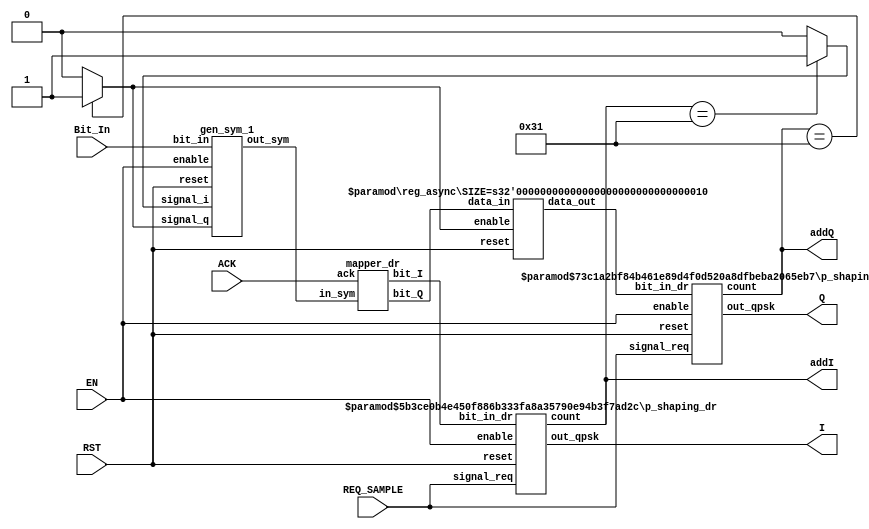
/*
* OQPSK Raised Cosine modulator
* LALR - 2022
*
*/

//----------------------------------------------------------------------
// TOP
module OQPSK_RCOSINE_ALL #(parameter
	DW_IN 			= 13, 	// Output bits
	I_SEL 			= 01,		// Integer bits
	SAMPLES 			= 02,		// Samples per symbol
	PS_SMPLS			= 50,		// Samples of the pulse shaping
	ADDR_WIDTH 		= 2, 
	DATA_WIDTH_MEM = 16,
	INIT_I 			= 0,		// Init value for Inphase counter
	INIT_Q 			= 25,		// Init value for In-quadrature counter
	NUM_BITS_1 		= 2,		// Number of bits of the first latch
	NUM_M_C 			= 2		// Number of inputs of muller C cell
) (

`ifdef USE_POWER_PINS
    inout vdd,	// User area 1 1.8V supply
    inout vss,	// User area 1 digital ground
`endif
	input RST,
	input EN,
	input REQ_SAMPLE,
	input ACK,
	input Bit_In,
	output signed [(DW_IN-I_SEL):I_SEL-1] I,
	output signed [(DW_IN-I_SEL):I_SEL-1] Q,
	output [5:0] addI,
	output [5:0] addQ	
);	



	wire [1:0] symbol;
	wire [1:0] bit_I_dr, bit_Q_dr,bit_Q_delay;
	wire [$clog2(PS_SMPLS)-1:0] count_rom_I, count_rom_Q;

	
	// Symbol generation
	gen_sym_1 gen_sym(
		.reset		(RST),
		.bit_in		(Bit_In),
		.enable		(EN),	
		.signal_i	((count_rom_I == 49)?1'b1:1'b0),
		.signal_q	((count_rom_Q == 49)?1'b1:1'b0),
		.out_sym	(symbol)
	);
	
	
	// Dual-rail - 4 phases conversion
	mapper_dr mapper(
		.in_sym		(symbol),
		.ack			(ACK),
		.bit_I		(bit_I_dr),
		.bit_Q		(bit_Q_dr)
	);	


	// Registar/Latch dual rail
	reg_async #(NUM_BITS_1) reg_latch(
		.reset		(RST),
		.enable		((count_rom_Q == 49)?1'b1:1'b0), 
		.data_in		(bit_Q_dr),
		.data_out	(bit_Q_delay)
	);
	
	// Pulse shaping filter	
	p_shaping_dr #(DW_IN, I_SEL, SAMPLES, PS_SMPLS, INIT_I) p_shaping_I (
		.reset		(RST),
		.bit_in_dr	(bit_I_dr),
		.enable		(EN),
		.signal_req (REQ_SAMPLE),
		.count		(count_rom_I),
		.out_qpsk	(I)
	);

	p_shaping_dr #(DW_IN, I_SEL, SAMPLES, PS_SMPLS, INIT_Q) p_shaping_Q (
		.reset		(RST),
		.bit_in_dr	(bit_Q_delay),
		.enable		(EN),
		.signal_req (REQ_SAMPLE),		
		.count		(count_rom_Q),		
		.out_qpsk	(Q)
	);	

	assign addI = count_rom_I;
	assign addQ = count_rom_Q;	
	
endmodule

//------------------------------------------------------
module gen_sym_1 (
	input reset,
	input bit_in,
	input enable,
	input signal_i,
	input signal_q,
	output [1:0] out_sym
);

wire bit_2M;


reg_async #(1) Reg_2M(
	.reset(reset),
	.enable(signal_i ^ signal_q), 
	.data_in((enable == 1)?bit_in:1'b0),
	.data_out(bit_2M)
);

reg_async #(2) Reg_Sym(
	.reset(reset),
	.enable(signal_i), 
	.data_in({bit_2M,(enable == 1)?bit_in:1'b0}),
	.data_out(out_sym)
);


endmodule


//------------------------------------------------------
module reg_async #(parameter SIZE = 2)(
	input reset,
	input enable, 
	input [SIZE-1:0] data_in,
	output reg [SIZE-1:0] data_out
);

always @(posedge enable or negedge reset) begin
	if(!reset)
		data_out = 0;
	else begin
		if (enable)
			data_out = data_in;
	end
		

end

endmodule


//----------------------------------------------------
module mapper_dr(
	input [1:0] in_sym,
	input ack,
	output [1:0] bit_I,
	output [1:0] bit_Q
);

 wire [1:0] bit_I_dr,bit_Q_dr;

 assign bit_I_dr = (in_sym[1] == 1'b1)?2'b10:2'b01; //SI EL SIMBOLO APARECE AL REVES 
 assign bit_Q_dr = (in_sym[0] == 1'b1)?2'b10:2'b01; //CAMBIAR AQUI
 
assign bit_I = (!ack)?bit_I_dr:2'b00;  
										   			
assign bit_Q = (!ack)?bit_Q_dr:2'b00;	
	
endmodule


//--------------------------------------------------
module p_shaping_dr #(parameter 
DW_IN 	= 13, 	// Output bits
I_SEL 	= 01,	// Integer bits
SAMPLES 	= 02,	// Samples per symbol
PS_SMPLS	= 50, // Samples of the pulse shaping
INIT 		= 0	// Initial counter
)(

input 	reset,
input 	[1:0] bit_in_dr,
input		enable,
input 	signal_req,
output 	[$clog2(PS_SMPLS)-1:0] count,
output signed [I_SEL-1:-(DW_IN-I_SEL)] out_qpsk	    	//component
);



	wire [DW_IN-2:0] data_rom_tmp;
	wire [DW_IN-1:0] data_rom_c;
	wire [$clog2(PS_SMPLS)-1:0] counter_tmp;
	reg  ctl,ctl_mux;
	
counter #(PS_SMPLS,INIT) counter_rom (
	.reset(reset),
	.enable(enable),
	.signal_count(signal_req),
	.count(counter_tmp)
);

	pulse_shaping_v1 #(.SAMPLES(PS_SMPLS), .DW(DW_IN), .I(I_SEL-1)) p_shaping_I(
		.reset(reset),
		.counter_addr(counter_tmp),
		.bit_in(bit_in_dr[1]),
		.out_filtered_s(out_qpsk)
	);


	
assign count = counter_tmp;


endmodule


//-----------------------------------------------------
module counter #(parameter SAMPLES = 50, INIT=0)(
	input reset,
	input enable,
	input signal_count,
	output [$clog2(SAMPLES)-1:0] count
);



	reg [$clog2(SAMPLES-1)-1:0] counter;

	always @(posedge signal_count or negedge reset) begin
		if(!reset) 
			counter = INIT;
		else
			if(enable) begin
				if(signal_count) begin
					if (counter == 49) 
						counter = 0;
					else
						counter = counter + 1'b1;
				end
			end
		end
		
	assign count = counter;	
		
		
endmodule

//----------------------------------------------------
module pulse_shaping_v1 #(parameter SAMPLES=50, DW=13, I=0)
(	input reset,
	input [$clog2(SAMPLES)-1:0] counter_addr,
	input bit_in,
	output signed [I-1:-(DW-I)] out_filtered_s
);

// `include "MathFun.vh"

wire signed[I-1:-(DW-I)] o_rom_1, o_rom_2, o_rom_3;
reg signed[I-1:-(DW-I)] o_rom_1_1, o_rom_2_1, o_rom_3_1;
reg bit_in_0;
reg bit_in_1;
reg bit_in_2;
reg ctl;
reg ctl_1;
reg [1:0] counter = 2'b00;

	always @(*) begin
		if (!reset) begin
			ctl = 1'b0;
			ctl_1 = bit_in;
			bit_in_0 = 1'b0;
		end
		else
			bit_in_0 = bit_in;
			if (counter_addr == 6'd49) begin				
				ctl = 1'b1;
							
				if (bit_in_0 == ctl_1) begin
					o_rom_2_1 = (bit_in_1 == 1'b1)?o_rom_2:-o_rom_2;
					ctl_1 = bit_in_1;
				end
				else begin
					o_rom_2_1 = (bit_in_1 == 1'b1)?-o_rom_2:o_rom_2;
					ctl_1 = bit_in_1;
				end
				
			end
			else begin
				ctl = 1'b0;
				o_rom_2_1 = (bit_in_1 == 1'b1)?o_rom_2:-o_rom_2;
			end
						
			
			o_rom_1_1 = (bit_in == 1'b1)?o_rom_1:-o_rom_1;			

			o_rom_3_1 = (bit_in_2 == 1'b1)?o_rom_3:-o_rom_3;
		end

  always @ (posedge ctl or negedge reset) begin
	  if(!reset) begin
				bit_in_1 <= 1'b0;
				bit_in_2 <= 1'b0;
				counter <= 2'b00;
	  end
	  else begin
		 counter <= (counter <= 2'b01)?counter + 1'b1:counter;		 
		 bit_in_1 <= bit_in;
		 bit_in_2 <= bit_in_1;
	  end
  end	

rcosine_1 #(SAMPLES,DW,I) rcos_1
(
	.addr(counter_addr),
	.out(o_rom_1) 
);

rcosine_2 #(SAMPLES,DW,I) rcos_2
(
	.addr(counter_addr),
	.out(o_rom_2) 
);

rcosine_3 #(SAMPLES,DW,I) rcos_3
(
	.addr(counter_addr),
	.out(o_rom_3) 
);


assign out_filtered_s = o_rom_1_1 + ((counter > 2'b00)?o_rom_2_1:0) + ((counter > 2'b01)?o_rom_3_1:0);
endmodule


//----------------------------------------------------------------------
module rcosine_1 #(parameter SAMPLES=50, DW=13, I=0)
(
input	[$clog2(SAMPLES)-1:0] addr, 
output reg signed[I-1:-(DW-I)] out
);
	always@*
	case(addr)
				00:out = 13'b0000000000000;
				01:out = 13'b0000000000000;
				02:out = 13'b0000000000010;
				03:out = 13'b0000000000100;
				04:out = 13'b0000000001000;
				05:out = 13'b0000000001100;
				06:out = 13'b0000000010010;
				07:out = 13'b0000000011000;
				08:out = 13'b0000000100000;
				09:out = 13'b0000000101000;
				10:out = 13'b0000000110000;
				11:out = 13'b0000000111001;
				12:out = 13'b0000001000001;
				13:out = 13'b0000001001001;
				14:out = 13'b0000001010000;
				15:out = 13'b0000001010111;
				16:out = 13'b0000001011011;
				17:out = 13'b0000001011101;
				18:out = 13'b0000001011110;
				19:out = 13'b0000001011011;
				20:out = 13'b0000001010101;
				21:out = 13'b0000001001100;
				22:out = 13'b0000000111111;
				23:out = 13'b0000000101110;
				24:out = 13'b0000000011001;
				25:out = 13'b0000000000000;
				26:out = -13'b0000000011101;
				27:out = -13'b0000000111101;
				28:out = -13'b0000001100001;
				29:out = -13'b0000010001001;
				30:out = -13'b0000010110010;
				31:out = -13'b0000011011101;
				32:out = -13'b0000100001010;
				33:out = -13'b0000100110110;
				34:out = -13'b0000101100010;
				35:out = -13'b0000110001100;
				36:out = -13'b0000110110011;
				37:out = -13'b0000111010101;
				38:out = -13'b0000111110010;
				39:out = -13'b0001000001000;
				40:out = -13'b0001000010110;
				41:out = -13'b0001000011011;
				42:out = -13'b0001000010101;
				43:out = -13'b0001000000100;
				44:out = -13'b0000111100110;
				45:out = -13'b0000110111010;
				46:out = -13'b0000110000000;
				47:out = -13'b0000100110111;
				48:out = -13'b0000011011111;
				49:out = -13'b0000001110111;
	default: out = 13'b0000000000000;
	endcase
//			`include "MathFun.vh"
endmodule


//------------------------------------------
module rcosine_2 #(parameter SAMPLES=50, DW=13, I=0)
(
input	[$clog2(SAMPLES)-1:0] addr, 
output reg signed[I-1:-(DW-I)] out
);
	always@*
	case(addr)
			00:out = 13'b0000000000000;
			01:out = 13'b0000010000110;
			02:out = 13'b0000100011011;
			03:out = 13'b0000110111110;
			04:out = 13'b0001001101110;
			05:out = 13'b0001100101010;
			06:out = 13'b0001111110000;
			07:out = 13'b0010010111111;
			08:out = 13'b0010110010101;
			09:out = 13'b0011001110000;
			10:out = 13'b0011101001110;
			11:out = 13'b0100000101101;
			12:out = 13'b0100100001001;
			13:out = 13'b0100111100010;
			14:out = 13'b0101010110100;
			15:out = 13'b0101101111110;
			16:out = 13'b0110000111100;
			17:out = 13'b0110011101101;
			18:out = 13'b0110110001111;
			19:out = 13'b0111000011111;
			20:out = 13'b0111010011100;
			21:out = 13'b0111100000101;
			22:out = 13'b0111101011000;
			23:out = 13'b0111110010100;
			24:out = 13'b0111110111000;
			25:out = 13'b0111111000100;
			26:out = 13'b0111110111000;
			27:out = 13'b0111110010100;
			28:out = 13'b0111101011000;
			29:out = 13'b0111100000101;
			30:out = 13'b0111010011100;
			31:out = 13'b0111000011111;
			32:out = 13'b0110110001111;
			33:out = 13'b0110011101101;
			34:out = 13'b0110000111100;
			35:out = 13'b0101101111110;
			36:out = 13'b0101010110100;
			37:out = 13'b0100111100010;
			38:out = 13'b0100100001001;
			39:out = 13'b0100000101101;
			40:out = 13'b0011101001110;
			41:out = 13'b0011001110000;
			42:out = 13'b0010110010101;
			43:out = 13'b0010010111111;
			44:out = 13'b0001111110000;
			45:out = 13'b0001100101010;
			46:out = 13'b0001001101110;
			47:out = 13'b0000110111110;
			48:out = 13'b0000100011011;
			49:out = 13'b0000010000110;
	default: out = 13'b0000000000000;
	endcase
//			`include "MathFun.vh"
endmodule


//------------------------------------------------
module rcosine_3 #(parameter SAMPLES=50, DW=13, I=0)
(
input	[$clog2(SAMPLES)-1:0] addr, 
output reg signed[I-1:-(DW-I)] out
);
	always@*
	case(addr)
			00:out = -13'b0000000000000;
			01:out = -13'b0000001110111;
			02:out = -13'b0000011011111;
			03:out = -13'b0000100110111;
			04:out = -13'b0000110000000;
			05:out = -13'b0000110111010;
			06:out = -13'b0000111100110;
			07:out = -13'b0001000000100;
			08:out = -13'b0001000010101;
			09:out = -13'b0001000011011;
			10:out = -13'b0001000010110;
			11:out = -13'b0001000001000;
			12:out = -13'b0000111110010;
			13:out = -13'b0000111010101;
			14:out = -13'b0000110110011;
			15:out = -13'b0000110001100;
			16:out = -13'b0000101100010;
			17:out = -13'b0000100110110;
			18:out = -13'b0000100001010;
			19:out = -13'b0000011011101;
			20:out = -13'b0000010110010;
			21:out = -13'b0000010001001;
			22:out = -13'b0000001100001;
			23:out = -13'b0000000111101;
			24:out = -13'b0000000011101;
			25:out = 13'b0000000000000;
			26:out = 13'b0000000011001;
			27:out = 13'b0000000101110;
			28:out = 13'b0000000111111;
			29:out = 13'b0000001001100;
			30:out = 13'b0000001010101;
			31:out = 13'b0000001011011;
			32:out = 13'b0000001011110;
			33:out = 13'b0000001011101;
			34:out = 13'b0000001011011;
			35:out = 13'b0000001010111;
			36:out = 13'b0000001010000;
			37:out = 13'b0000001001001;
			38:out = 13'b0000001000001;
			39:out = 13'b0000000111001;
			40:out = 13'b0000000110000;
			41:out = 13'b0000000101000;
			42:out = 13'b0000000100000;
			43:out = 13'b0000000011000;
			44:out = 13'b0000000010010;
			45:out = 13'b0000000001100;
			46:out = 13'b0000000001000;
			47:out = 13'b0000000000100;
			48:out = 13'b0000000000010;
			49:out = 13'b0000000000000;
		default: out = 13'b0000000000000;
	endcase
//			`include "MathFun.vh"
endmodule